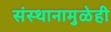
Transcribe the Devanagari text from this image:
संस्थानामुळेही